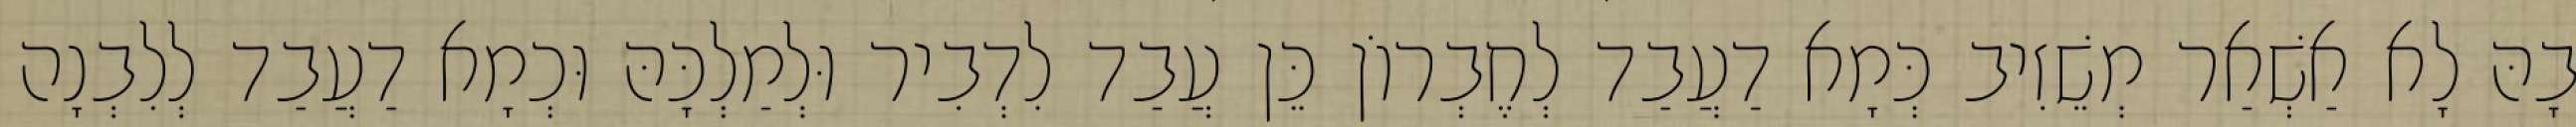
בָהּ לָא אַשְׁאַר מְשֵׁזִיב כְּמָא דַעֲבַד לְחֶבְרוֹן כֵּן עֲבַד לִדְבִיר וּלְמַלְכָּהּ וּכְמָא דַעֲבַד לְלִבְנָה